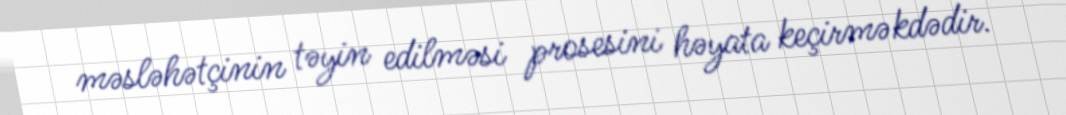
məsləhətçinin təyin edilməsi prosesini həyata keçirməkdədir.